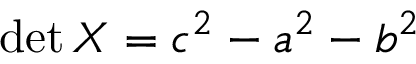
\operatorname* { d e t } X = c ^ { 2 } - a ^ { 2 } - b ^ { 2 }